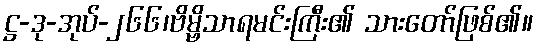
ဋ္ဌ-ဒု-အုပ်-၂၆၆၊ဗိမ္ဗိသာရမင်းကြီး၏ သားတော်ဖြစ်၏။